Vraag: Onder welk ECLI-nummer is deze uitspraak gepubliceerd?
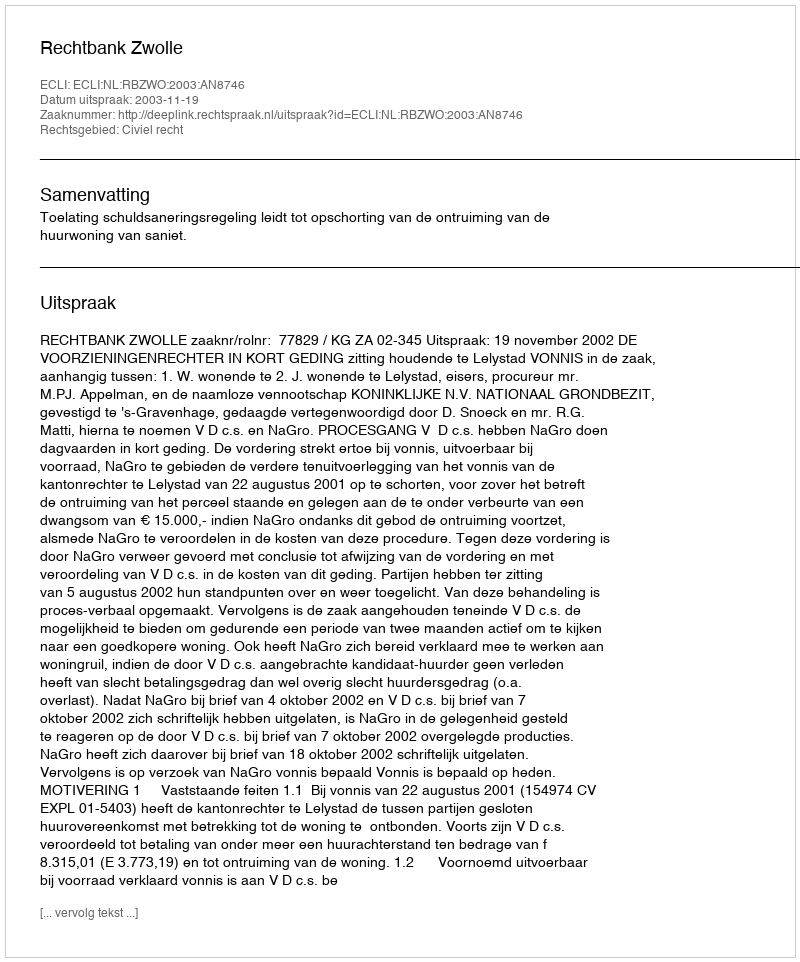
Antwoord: ECLI:NL:RBZWO:2003:AN8746